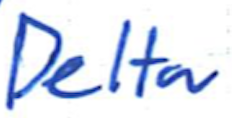
Text: Delta
Cross-out: clean
Writing tool: ballpoint